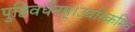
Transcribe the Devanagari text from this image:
पुष्टिवर्धनम्।उर्वारुकमिव